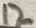
Text: 12